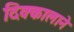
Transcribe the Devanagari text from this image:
दिक्कालाने